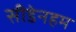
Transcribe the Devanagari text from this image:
सीडेनहम